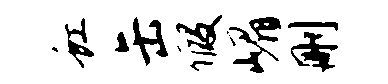
虹缶假嵋删